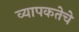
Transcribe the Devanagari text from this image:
व्यापकतेचे